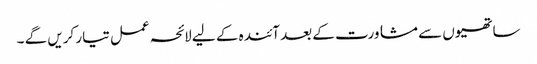
ساتھیوں سے مشاورت کے بعد آئندہ کے لیے لائحہ عمل تیار کریں گے ۔